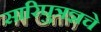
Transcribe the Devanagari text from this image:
सारिपुत्रज्ञचे